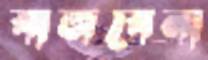
বাজবেনা